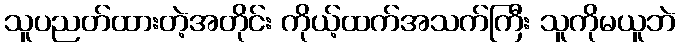
သူပညတ်ထားတဲ့အတိုင်း ကိုယ့်ထက်အသက်ကြီး သူကိုမယူဘဲ